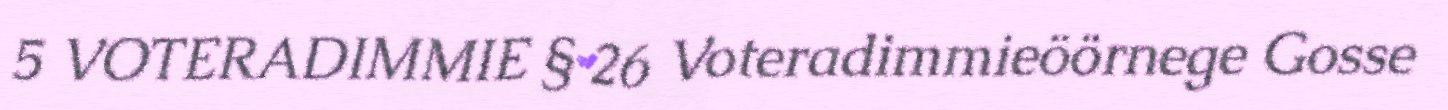
5 VOTERADIMMIE § 26 Voteradimmieöörnege Gosse